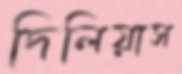
দিলিয়াস